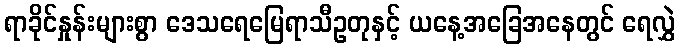
ရာခိုင်နှုန်းများစွာ ဒေသရေမြေရာသီဥတုနှင့် ယနေ့အခြေအနေတွင် ရေလွှဲ